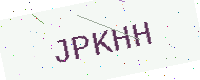
Text: JPKHH